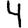
Digit: 4